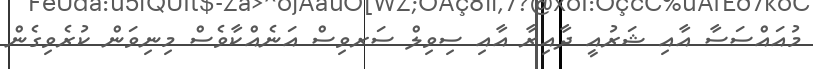
މުއައްސަސާ އާއި ޝަރުއީ ދާއިރާ އާއި ސިވިލް ސަރވިސް އަނެއްކާވެސް މިނިވަން ކުރެވިގެން